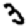
Digit: 3